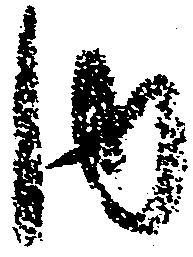
内